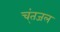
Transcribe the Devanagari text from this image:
च्ंतजल